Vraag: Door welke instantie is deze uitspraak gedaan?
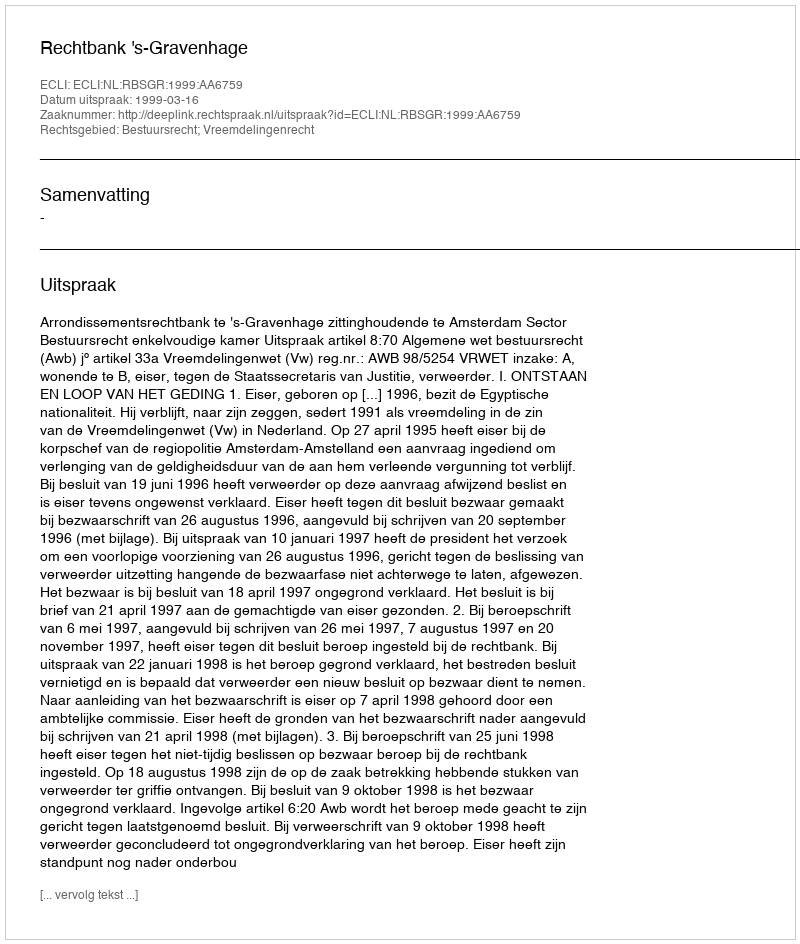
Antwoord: Rechtbank 's-Gravenhage